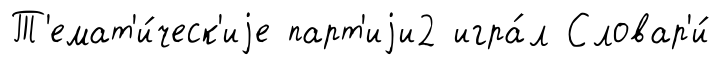
Т'емат'и́ческ'иjе парт'иjи2 игра́л Словар'и́